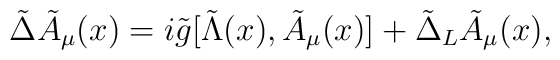
{\tilde \Delta}{\tilde A}_\mu(x) = i{\tilde g} [{\tilde \Lambda}(x),   {\tilde A}_\mu(x)] + {\tilde \Delta}_L {\tilde A}_\mu(x),